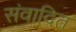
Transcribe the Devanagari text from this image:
संवादित